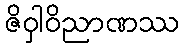
ဇိဝှါဝိညာဏဿ